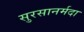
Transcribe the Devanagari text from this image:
सुरसानर्मदा